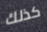
كذلك